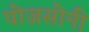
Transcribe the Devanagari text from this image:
पोज़सोनी